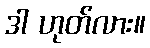
ဒါ ဟုတ်လား။